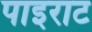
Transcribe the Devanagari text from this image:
पाइराट